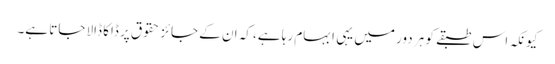
کیونکہ اس طبقے کو ہر دور میں یہی ابہام رہا ہے، کہ ان کے جائز حقوق پر ڈاکا ڈالا جاتا ہے۔